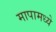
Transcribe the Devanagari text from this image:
मापामध्ये